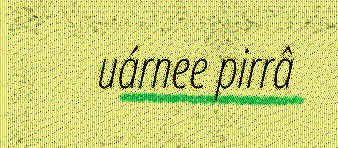
uárnee pirrâ